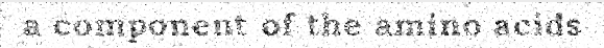
a component of the amino acids